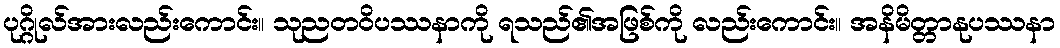
ပုဂ္ဂိုလ်အားလည်းကောင်း။ သုညတဝိပဿနာကို ရသည်၏အဖြစ်ကို လည်းကောင်း။ အနိမိတ္တာနုပဿနာ